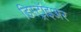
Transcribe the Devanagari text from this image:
डिस्ट्रॉइअर